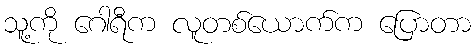
သူ့ကို ဂေါရီက လူတစ်ယောက်က ပြောတာ